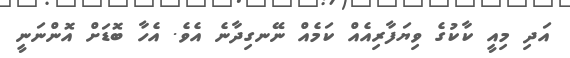
އަދި މިއީ ކާކުގެ ވިޔަފާރިއެއް ކަމެއް ނޭނގިދާނެ އެވެ. އެހާ ބޮޑަށް އޮންނަނީ